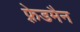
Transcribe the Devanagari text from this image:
फ़्रेडमैन